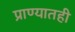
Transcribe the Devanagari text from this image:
प्राण्यातही